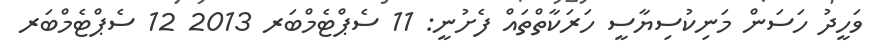
ވަހީދު ހަސަން މަނިކުސިޔާސީ ހަރަކާތްތައް ފެށުނީ: 11 ސެޕްޓެމްބަރ 2013 12 ސެޕްޓެމްބަރ